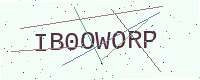
Text: IB0OWORP